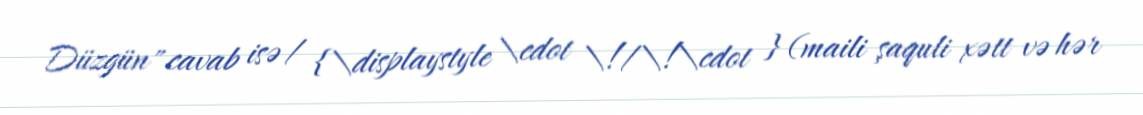
Düzgün" cavab isə / {\displaystyle \cdot \!/\!\cdot } (maili şaquli xətt və hər